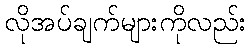
လိုအပ်ချက်များကိုလည်း